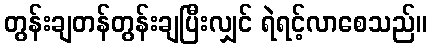
တွန်းချတန်တွန်းချပြီးလျှင် ရဲရင့်လာစေသည်။